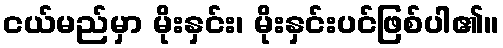
ငယ်မည်မှာ မိုးနှင်း၊ မိုးနှင်းပင်ဖြစ်ပါ၏။